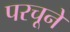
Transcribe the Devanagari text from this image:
परचूने